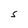
Character: S